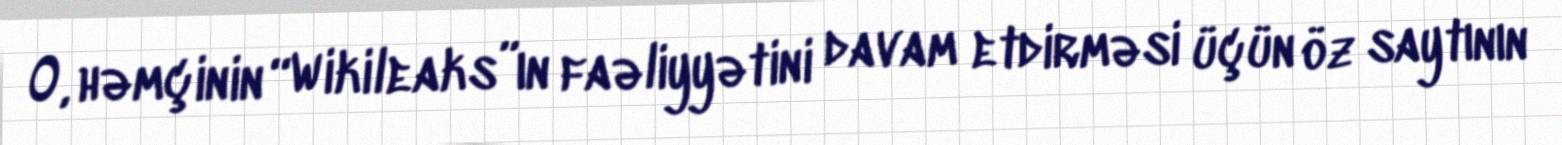
O, həmçinin “Wikileaks”ın faəliyyətini davam etdirməsi üçün öz saytının